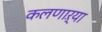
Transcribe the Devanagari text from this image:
कलणाऱ्या